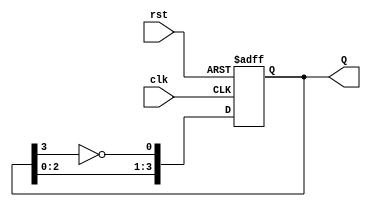
module modified_johnson_counter (
    input wire clk,       // Clock signal
    input wire rst,       // Asynchronous reset
    output reg [N-1:0] Q  // Output state (N flip-flops)
);
    parameter N = 4; // Number of flip-flops

    always @(posedge clk or posedge rst) begin
        if (rst) begin
            Q <= 0; // Reset the counter to 0
        end else begin
            // Shift the current state and feedback the inverted last flip-flop output
            Q <= {Q[N-2:0], ~Q[N-1]};
        end
    end
endmodule